Civil Veterinary Department Bengal reports 1923-33 - 1923-1933
Year: 1923
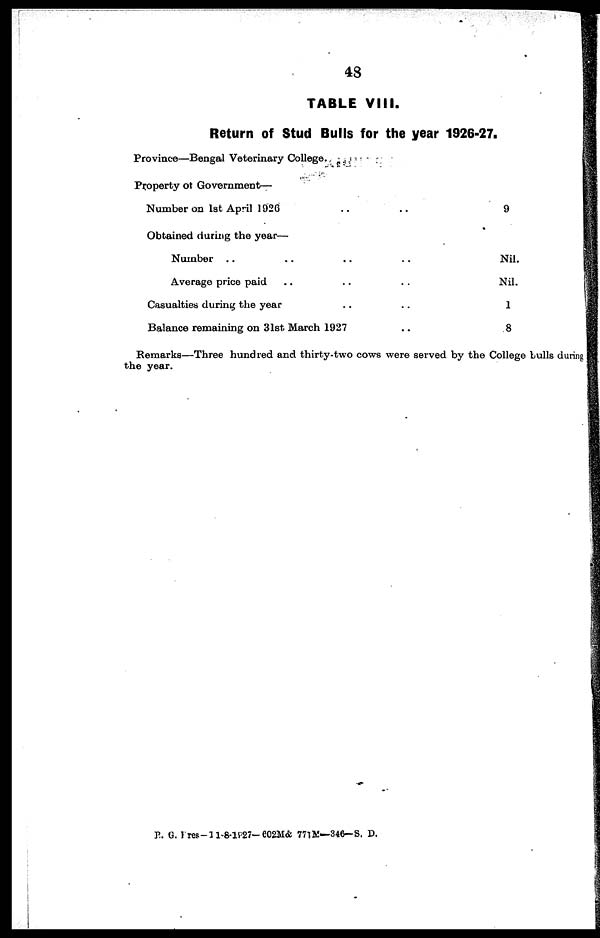
48
TABLE VIII.
Return of Stud Bulls for the year 1926-27.
Province—Bengal Veterinary College.
Property of Government—
Number on 1st April 1926 .. ..
Obtained during the year—
Number .. .. .. ..
Average price paid .. .. ..
Casualties during the year .. ..
Balance remaining on 31st. March 1927 ..
9
Nil.
Nil.
1
8
Remarks—Three hundred and thirty-two cows were served by the College bulls during
the year.
B. G. Pres—11-8-1857— 602M& 771M—346—S. D.